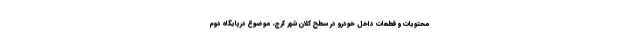
محتویات و قطعات داخل خودرو در سطح کلان شهر کرج، موضوع درپایگاه دوم